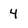
Character: 4